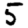
Digit: 5